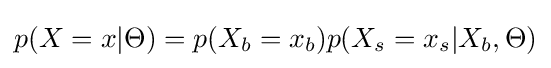
p(X=x|\Theta )=p(X_{b}=x_{b})p(X_{s}=x_{s}|X_{b},\Theta )